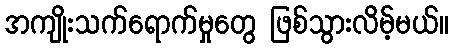
အကျိုးသက်ရောက်မှုတွေ ဖြစ်သွားလိမ့်မယ်။